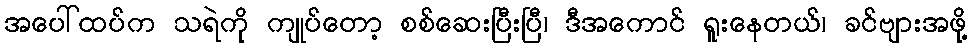
အပေါ်ထပ်က သရဲကို ကျုပ်တော့ စစ်ဆေးပြီးပြီ၊ ဒီအကောင် ရူးနေတယ်၊ ခင်ဗျားအဖို့